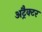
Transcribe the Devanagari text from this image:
अट्रैक्टर